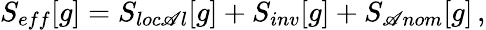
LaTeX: S_{eff}[g]=S_{loc\mathscr{A}l}[g]+S_{inv}[g]+S_{\mathscr{A}nom}[g]\, ,